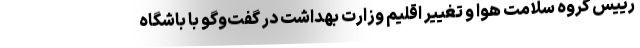
رییس گروه سلامت هوا و تغییر اقلیم وزارت بهداشت در گفت‌وگو با باشگاه